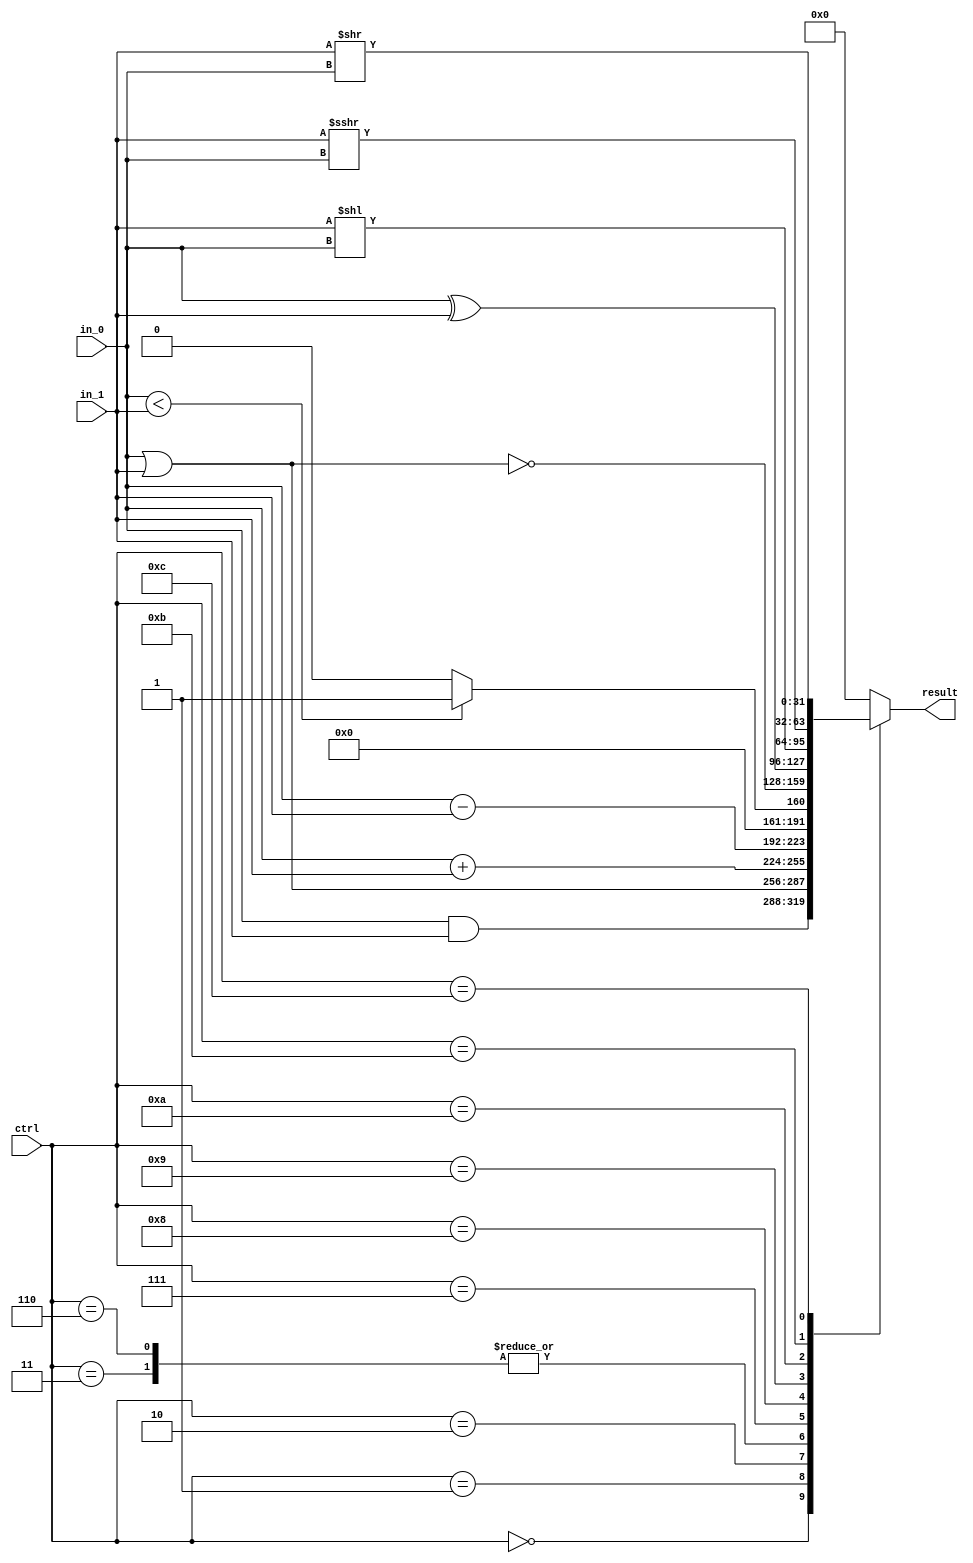
module ALU(
    ctrl, 
    in_0, 
    in_1,
    result
);
//==== io Declaration =========================
    input       [3:0] ctrl;
    input      [31:0] in_0, in_1;
    output reg [31:0] result;
    
    always @(*) begin
        case(ctrl)
            4'b0000: begin // and
                result = in_0 & in_1;
            end
            4'b0001: begin // or
                result = in_0 | in_1;
            end
            4'b0010: begin // add
                result = in_0 + in_1;
            end
            4'b0011: begin // bne sub
                result = in_0 - in_1;
            end
            4'b0110: begin // sub
                result = in_0 - in_1;
            end
            4'b0111: begin // slt
                result = ($signed(in_0) < $signed(in_1))? 1 : 0;
            end
            4'b1000: begin // nor
                result = ~(in_0 | in_1);
            end
            4'b1001: begin // xor
                result = in_0 ^ in_1;
            end
            4'b1010: begin // sll
                result = in_1 << in_0;
            end
            4'b1011: begin // sra
                result = $signed(in_1) >>> in_0;
            end
            4'b1100: begin // srl
                result = in_1 >> in_0;
            end
            default: begin
                result = 32'b0;
            end
        endcase
    end
endmodule